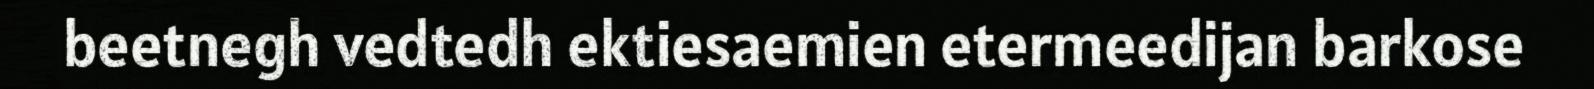
beetnegh vedtedh ektiesaemien etermeedijan barkose